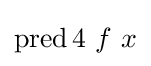
\operatorname {pred} 4\ f\ x